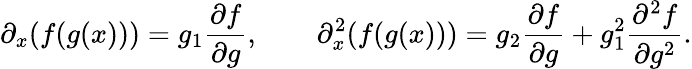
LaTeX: \partial_{x}(f(g(x)))=g_{1}\frac{\partial f}{\partial g},\qquad\partial_{x}^{2}(f(g(x)))=g_{2}\frac{\partial f}{\partial g}+g_{1}^{2}\frac{\partial^{2}f}{\partial g^{2}}.